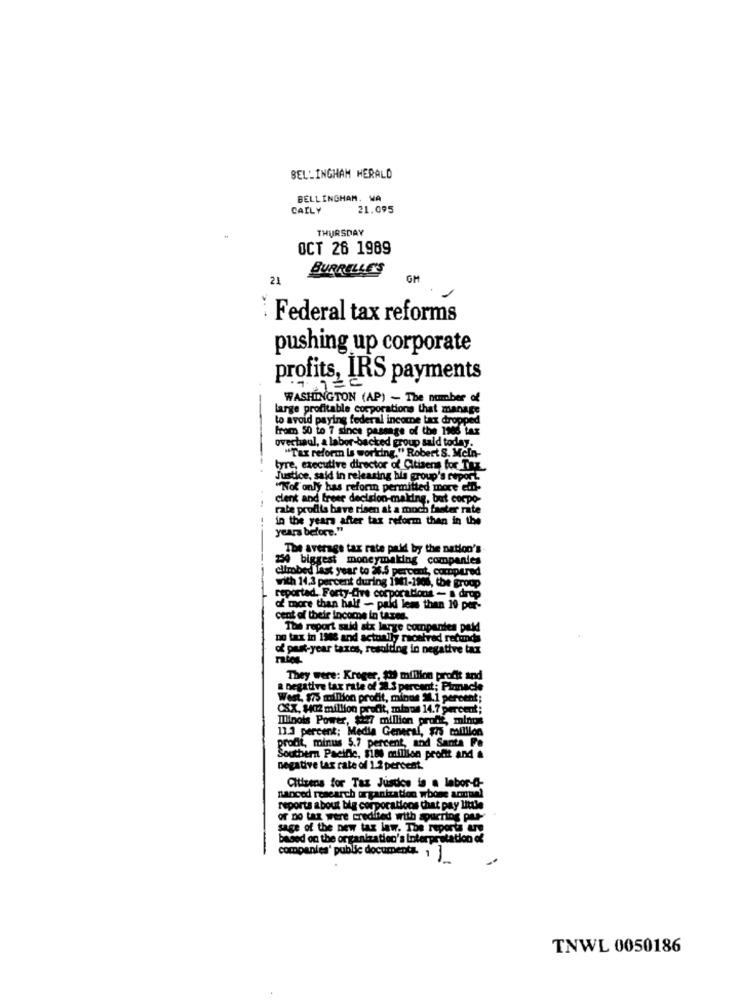
BELLINGHAM HERALD
BELLINGHAM. WA
CALLY
21.095
THURSDAY
OCT 26 1989
BURRELLE'S
21
GM
: Federal tax reforms
pushing up corporate
profits, IRS payments
WASHINGTON (AP) - The number of
large profitable corporations that manage
to avoid paying federal income tax dropped
from 50 to 7 since passage of the 1906 tax
overhaul, a labor-backed group sald today.
"Tax reform is working." Robert S. Mcln-
tyre, executive director of Citizens for Tax
Justice, said in releasing his group's report.
"Not only has reform permitted more elf-
clent and freee decision-making, but corpo-
rate prodlis have risen at a moch faster rate
in the years after tax reform then in the
years before."
The average tax rate paid by the nation's-
34 biggest moneymaking companies
climbed last year to 26.5 percent, compared
with 14.3 percent during 111-2806, the group
reported .. Forty-Chre corporations - a drop
of more than half - paid less than 19 por-
cent of their income in tares.
The report said atx large companies paid
no tax in 1988 and actually maontred refunds
of past-year taxes, resulting in negative tax
They were: Kroger, $1 million profit and
a negative tax rate of 20.3 percent; Pinnacle
West, $75 million profit, minus 11.1 percent;
OSX, HO2 million profit, minna 14.7 percent
Illinois Power, $277 million prode, minus
13.3 percent; Media General, $75 million
profit, minus 5.7 percent, and Santa Fe
Southern Pacific, sims militon profit and a
negative tax rate of 1.2 percent.
Citizens for Tax Jusdes is a labor-@-
hanced research organization wbone actual
reports about big corporations that pay little
of no tax were credited with spurring pur-
sage of the new tax law. The reports ure
based on the organization's Interpretation of
companies' public documents- 1
TNWL 0050186